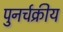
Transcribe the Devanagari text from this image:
पुनर्चक्रीय